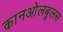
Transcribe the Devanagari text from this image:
कानओलबूलस